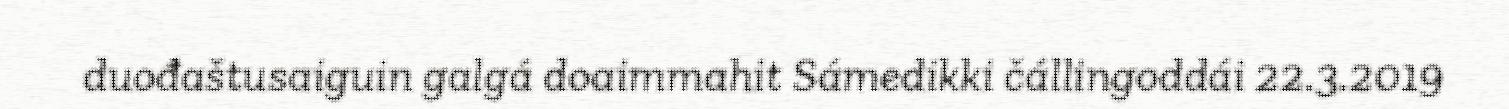
duođaštusaiguin galgá doaimmahit Sámedikki čállingoddái 22.3.2019